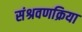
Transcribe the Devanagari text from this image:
संश्रवणक्रिया